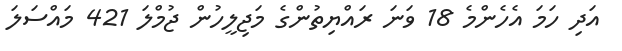
އަދި ހަމަ އެހެންމެ 18 ވަނަ ރައްޔިތުންގެ މަޖިލީހުން ޖުމްލަ 421 މައްސަލަ